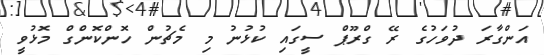
އަންގާރަ ދުވަހުގެ ރޭ ގްރޫޕް ސީގައި ކުޅުނު މި މެޗުން ހޮންކޮންގް މޮޅުވީ